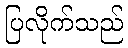
ပြလိုက်သည်